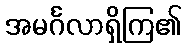
အမင်္ဂလာရှိကြ၏